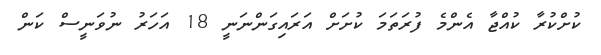
ކުށްކުރާ ކުއްޖާ އެންމެ ފުރަތަމަ ކުށަށް އަރައިގަންނަނީ 18 އަހަރު ނުވަނީސް ކަން